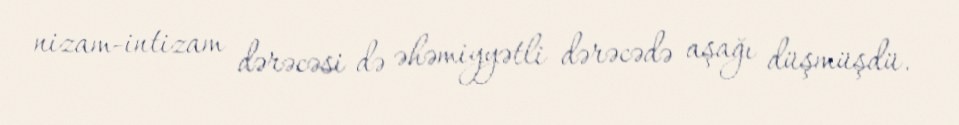
nizam-intizam dərəcəsi də əhəmiyyətli dərəcədə aşağı düşmüşdü.